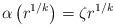
LaTeX: \begin{align*}\alpha\left(r^{1/k} \right) = \zeta r^{1/k}\end{align*}